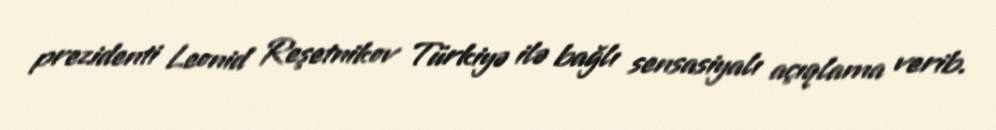
prezidenti Leonid Reşetnikov Türkiyə ilə bağlı sensasiyalı açıqlama verib.